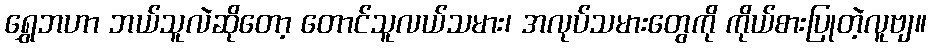
ရွှေဘဟာ ဘယ်သူလဲဆိုတော့ တောင်သူလယ်သမား၊ အလုပ်သမားတွေကို ကိုယ်စားပြုတဲ့လူဗျ။